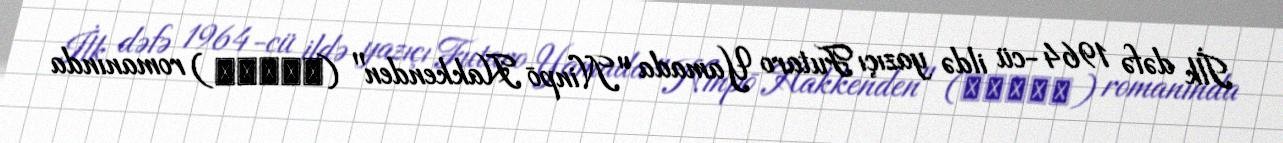
İlk dəfə 1964-cü ildə yazıçı Futaro Yamada "Ninpō Hakkenden" (忍法八犬伝) romanında